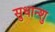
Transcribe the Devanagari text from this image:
सुधान्शु